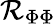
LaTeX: \mathcal{R}_{\Phi\Phi}